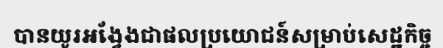
បានយូរអង្វែងជាផលប្រយោជន៍សម្រាប់សេដ្ឋកិច្ច